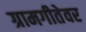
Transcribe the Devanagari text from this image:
ग्रामगीतेवर